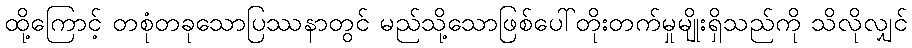
ထို့ကြောင့် တစုံတခုသောပြဿနာတွင် မည်သို့သောဖြစ်ပေါ်တိုးတက်မှုမျိုးရှိသည်ကို သိလိုလျှင်